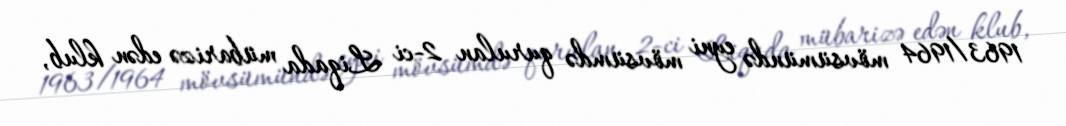
1963/1964 mövsümündə eyni mövsümdə qurulan 2-ci Liqada mübarizə edən klub,